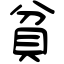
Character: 貧